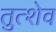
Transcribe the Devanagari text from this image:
तुत्शेव